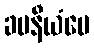
ခမနီယံပေ